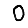
Digit: 0